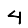
Digit: 4